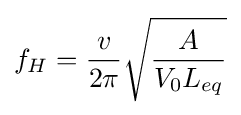
f_{H}={\frac {v}{2\pi }}{\sqrt {\frac {A}{V_{0}L_{eq}}}}